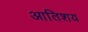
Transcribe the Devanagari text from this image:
आतिशय